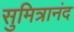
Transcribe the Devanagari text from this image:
सुमित्रानंद